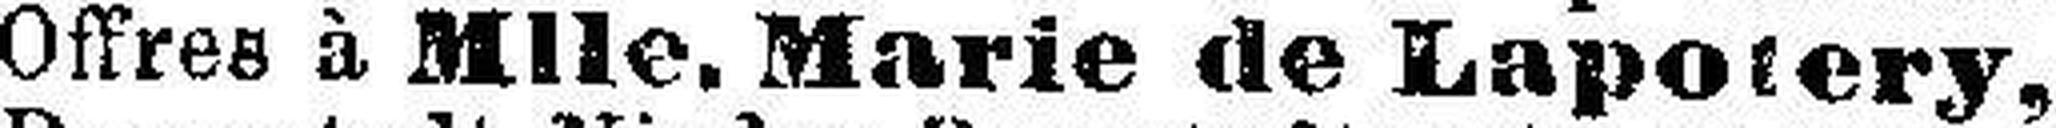
Offree à Mlle. Marie de Lapotery,